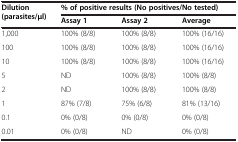
<table><thead><tr><td><b>Dilution (parasites/μl)</b></td><td colspan="3"><b>% of positive results (No positives/No tested)</b></td></tr><tr><td><b> </b></td><td><b>Assay 1</b></td><td><b>Assay 2</b></td><td><b>Average</b></td></tr></thead><tbody><tr><td>1,000</td><td>100% (8/8)</td><td>100% (8/8)</td><td>100% (16/16)</td></tr><tr><td>100</td><td>100% (8/8)</td><td>100% (8/8)</td><td>100% (16/16)</td></tr><tr><td>10</td><td>100% (8/8)</td><td>100% (8/8)</td><td>100% (16/16)</td></tr><tr><td>5</td><td>ND</td><td>100% (8/8)</td><td>100% (8/8)</td></tr><tr><td>2</td><td>ND</td><td>100% (8/8)</td><td>100% (8/8)</td></tr><tr><td>1</td><td>87% (7/8)</td><td>75% (6/8)</td><td>81% (13/16)</td></tr><tr><td>0.1</td><td>0% (0/8)</td><td>0% (0/8)</td><td>0% (0/8)</td></tr><tr><td>0.01</td><td>0% (0/8)</td><td>ND</td><td>0% (0/8)</td></tr></tbody></table>